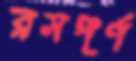
রসপূর্ণ